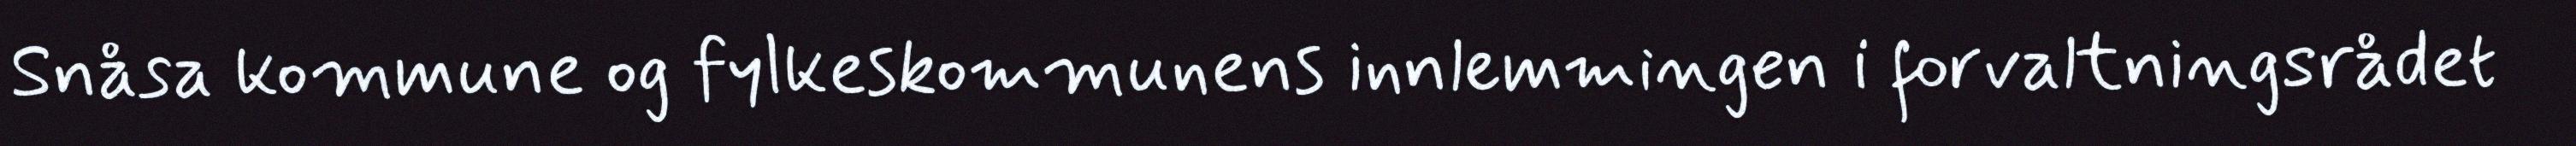
Snåsa kommune og fylkeskommunens innlemmingen i forvaltningsrådet